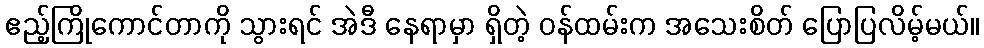
ဧည့်ကြိုကောင်တာကို သွားရင် အဲဒီ နေရာမှာ ရှိတဲ့ ဝန်ထမ်းက အသေးစိတ် ပြောပြလိမ့်မယ်။